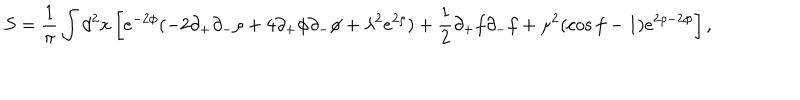
S = \frac { 1 } { \pi } \int d ^ { 2 } x \left[ e ^ { - 2 \phi } ( - 2 \partial _ { + } \partial _ { - } \rho + 4 \partial _ { + } \phi \partial _ { - } \phi + \lambda ^ { 2 } e ^ { 2 \rho } ) + \frac { 1 } { 2 } \partial _ { + } f \partial _ { - } f + \mu ^ { 2 } ( \cos f - 1 ) e ^ { 2 \rho - 2 \phi } \right] ,